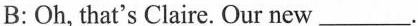
B:Oh, that's Claire. Our new___.